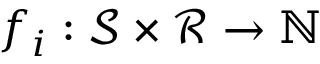
f _ { i } : \mathcal { S } \times \mathcal { R } \to \mathbb { N }